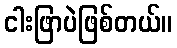
ငါးဖြာပဲဖြစ်တယ်။